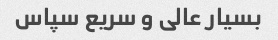
بسیار عالی و سریع سپاس